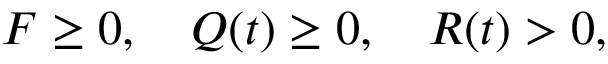
F \geq 0 , \quad Q ( t ) \geq 0 , \quad R ( t ) > 0 ,